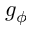
g _ { \phi }